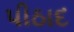
પીઠાદ